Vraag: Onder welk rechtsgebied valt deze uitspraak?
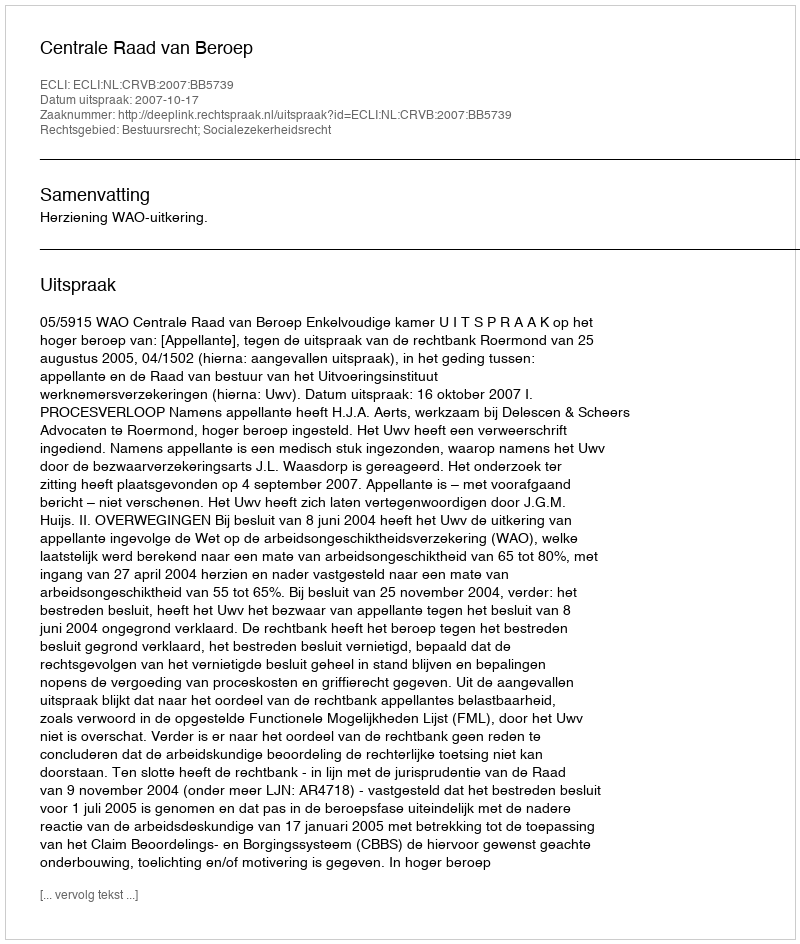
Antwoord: Bestuursrecht; Socialezekerheidsrecht